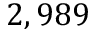
2 , 9 8 9